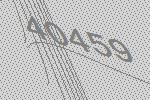
40459